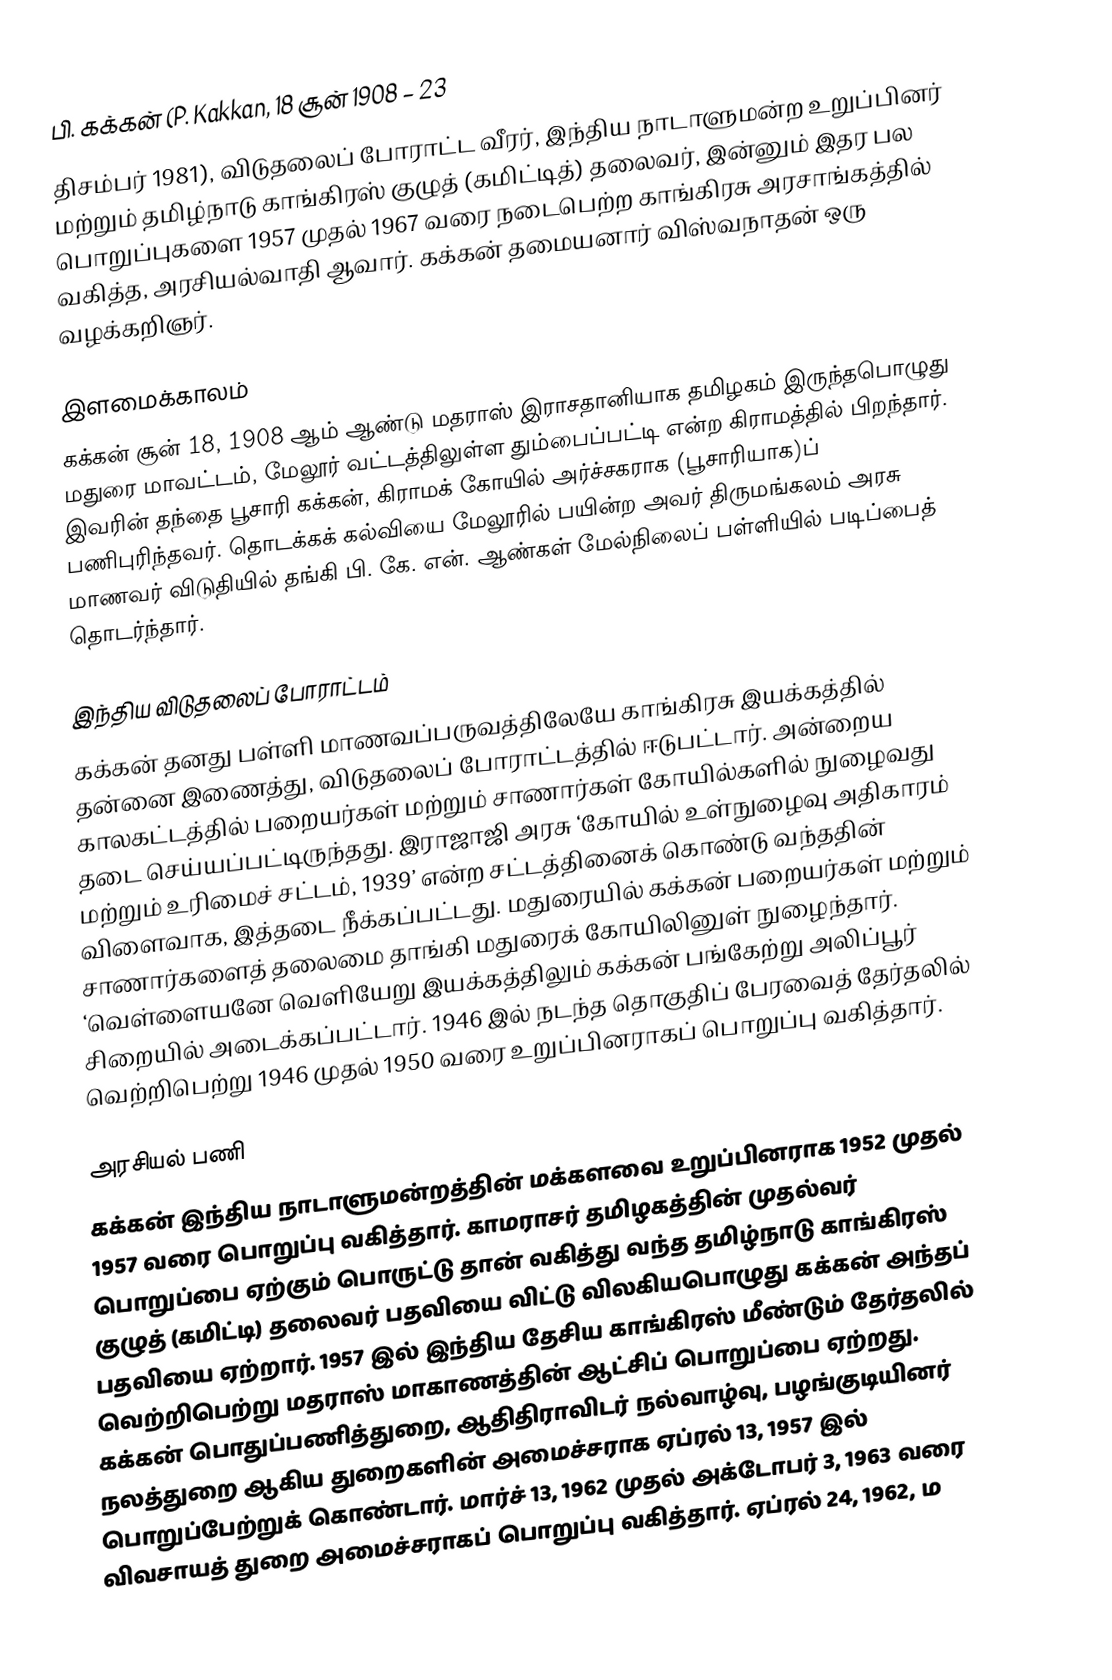
பி. கக்கன் (P. Kakkan, 18 சூன் 1908 – 23
திசம்பர் 1981), விடுதலைப் போராட்ட வீரர், இந்திய நாடாளுமன்ற உறுப்பினர் மற்றும் தமிழ்நாடு காங்கிரஸ் குழுத் (கமிட்டித்) தலைவர், இன்னும் இதர பல பொறுப்புகளை 1957 முதல் 1967 வரை நடைபெற்ற காங்கிரசு அரசாங்கத்தில் வகித்த, அரசியல்வாதி ஆவார். கக்கன் தமையனார் விஸ்வநாதன் ஒரு வழக்கறிஞர்.

இளமைக்காலம்
கக்கன் சூன் 18, 1908 ஆம் ஆண்டு மதராஸ் இராசதானியாக தமிழகம் இருந்தபொழுது மதுரை மாவட்டம், மேலூர் வட்டத்திலுள்ள தும்பைப்பட்டி என்ற கிராமத்தில் பிறந்தார். இவரின் தந்தை பூசாரி கக்கன், கிராமக் கோயில் அர்ச்சகராக (பூசாரியாக)ப் பணிபுரிந்தவர். தொடக்கக் கல்வியை மேலூரில் பயின்ற அவர் திருமங்கலம் அரசு மாணவர் விடுதியில் தங்கி பி. கே. என். ஆண்கள் மேல்நிலைப் பள்ளியில் படிப்பைத் தொடர்ந்தார்.

இந்திய விடுதலைப் போராட்டம்
கக்கன் தனது பள்ளி மாணவப்பருவத்திலேயே காங்கிரசு இயக்கத்தில் தன்னை இணைத்து, விடுதலைப் போராட்டத்தில் ஈடுபட்டார். அன்றைய காலகட்டத்தில் பறையர்கள் மற்றும் சாணார்கள் கோயில்களில் நுழைவது தடை செய்யப்பட்டிருந்தது. இராஜாஜி அரசு ‘கோயில் உள்நுழைவு அதிகாரம் மற்றும் உரிமைச் சட்டம், 1939’ என்ற சட்டத்தினைக் கொண்டு வந்ததின் விளைவாக, இத்தடை நீக்கப்பட்டது. மதுரையில் கக்கன் பறையர்கள் மற்றும் சாணார்களைத் தலைமை தாங்கி மதுரைக் கோயிலினுள் நுழைந்தார். ‘வெள்ளையனே வெளியேறு இயக்கத்திலும் கக்கன் பங்கேற்று அலிப்பூர் சிறையில்  அடைக்கப்பட்டார். 1946 இல் நடந்த தொகுதிப் பேரவைத் தேர்தலில் வெற்றிபெற்று 1946 முதல் 1950 வரை உறுப்பினராகப் பொறுப்பு வகித்தார்.

அரசியல் பணி
கக்கன் இந்திய நாடாளுமன்றத்தின் மக்களவை உறுப்பினராக 1952 முதல் 1957 வரை பொறுப்பு வகித்தார். காமராசர் தமிழகத்தின் முதல்வர் பொறுப்பை ஏற்கும் பொருட்டு தான் வகித்து வந்த தமிழ்நாடு காங்கிரஸ் குழுத் (கமிட்டி)  தலைவர் பதவியை விட்டு விலகியபொழுது கக்கன் அந்தப் பதவியை ஏற்றார். 1957 இல் இந்திய தேசிய காங்கிரஸ் மீண்டும் தேர்தலில் வெற்றிபெற்று மதராஸ் மாகாணத்தின் ஆட்சிப் பொறுப்பை ஏற்றது. கக்கன் பொதுப்பணித்துறை, ஆதிதிராவிடர் நல்வாழ்வு, பழங்குடியினர் நலத்துறை ஆகிய துறைகளின் அமைச்சராக ஏப்ரல் 13, 1957 இல் பொறுப்பேற்றுக் கொண்டார். மார்ச் 13, 1962 முதல் அக்டோபர் 3, 1963 வரை விவசாயத் துறை அமைச்சராகப் பொறுப்பு வகித்தார். ஏப்ரல் 24, 1962, ம